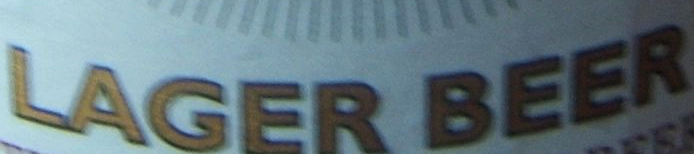
LAGER BEER